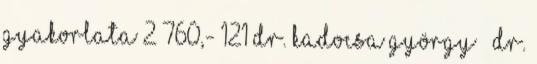
GYAKORLATA 2 760,- 121 DR. KADOCSA GYÖRGY – DR.